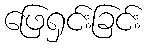
ဖြေရှင်းခြင်း